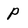
Character: P